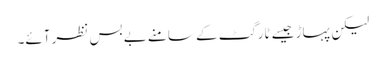
لیکن پہاڑ جیسے ٹارگٹ کے سامنے بے بس نظر آئے۔